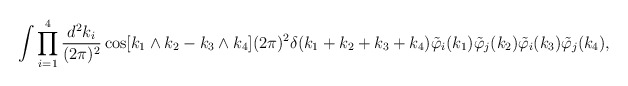
\begin{align*}\int\prod_{i=1}^4\frac{d^2k_i}{(2\pi)^2}\cos[k_1\wedge k_2-k_3\wedge k_4](2\pi)^2\delta(k_1+k_2+k_3+k_4)\tilde \varphi_i(k_1)\tilde \varphi_j(k_2)\tilde \varphi_i(k_3)\tilde\varphi_j(k_4),\end{align*}